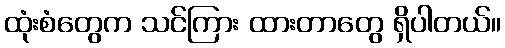
ထုံးစံတွေက သင်ကြား ထားတာတွေ ရှိပါတယ်။